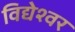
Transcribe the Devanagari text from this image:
विद्येश्वर